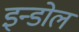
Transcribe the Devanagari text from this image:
इन्डोल